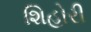
શિહોરી